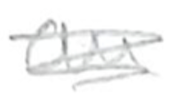
Text: an
Cross-out: scratch
Writing tool: pencil